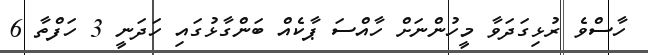
ހާސްވެ ރުޅިގަދަވާ މީހުންނަށް ހާއްސަ ޕާކެއް ބަންގާޅުގައި ހަދަނީ 3 ހަފްތާ 6